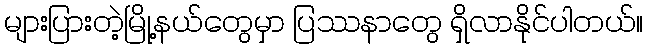
များပြားတဲ့မြို့နယ်တွေမှာ ပြဿနာတွေ ရှိလာနိုင်ပါတယ်။